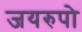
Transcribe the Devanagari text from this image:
जयरुपो